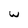
Character: w